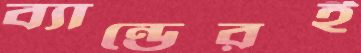
ব্যান্ডেরই